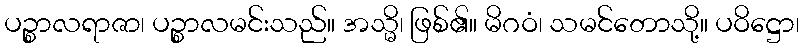
ပဉ္စာလရာဇာ၊ ပဉ္စာလမင်းသည်။ အသ္မိ၊ ဖြစ်၏။ မိဂဝံ၊ သမင်တောသို့။ ပဝိဋ္ဌော၊